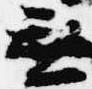
無